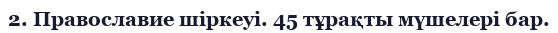
2. Православие шіркеуі. 45 тұрақты мүшелері бар.